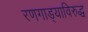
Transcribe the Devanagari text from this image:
रणगाड्याविरुद्ध